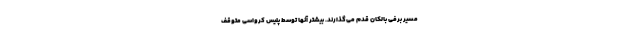
مسیر برفی بالکان قدم می‌گذارند. بیشتر آنها توسط پلیس کرواسی متوقف